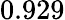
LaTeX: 0.929